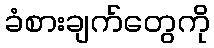
ခံစားချက်တွေကို